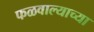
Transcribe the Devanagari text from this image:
फळवाल्याच्या